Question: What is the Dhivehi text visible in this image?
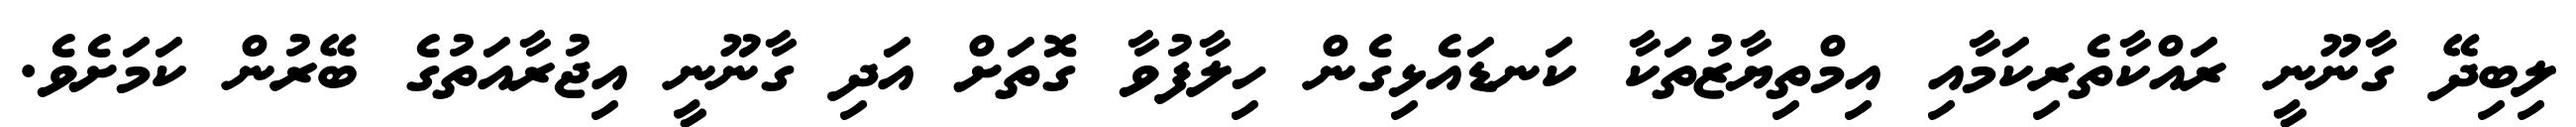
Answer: ލިބިދޭ ގާނޫނީ ރައްކާތެރިކަމާއި އިމްތިޔާޒުތަކާ ކަނޑައެޅިގެން ހިލާފުވާ ގޮތަށް އަދި ގާނޫނީ އިޖުރާއަތުގެ ބޭރުން ކަމަށެވެ.